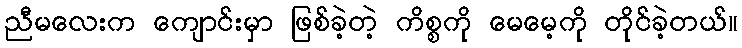
ညီမလေးက ကျောင်းမှာ ဖြစ်ခဲ့တဲ့ ကိစ္စကို မေမေ့ကို တိုင်ခဲ့တယ်။